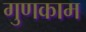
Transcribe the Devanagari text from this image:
गुणकाम